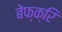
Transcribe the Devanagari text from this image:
बेफ्क्रि